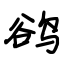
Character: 鹆